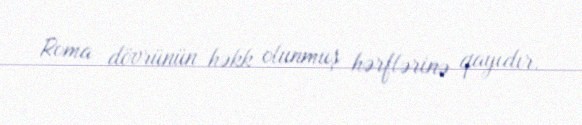
Roma dövrünün həkk olunmuş hərflərinə qayıdır.